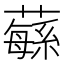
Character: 𦾴